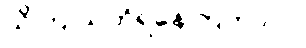
သိကြ သတိရနေကြတာပါ။